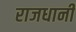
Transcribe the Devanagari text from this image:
राजधानीं